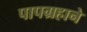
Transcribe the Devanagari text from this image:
पापग्रहाने